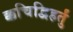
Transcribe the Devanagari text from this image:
क्कचिद्विहर्तुं